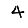
Digit: 4